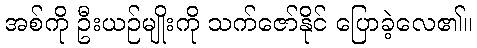
အစ်ကို ဦးယဉ်မျိုးကို သက်ဇော်နိုင် ပြောခဲ့လေ၏။